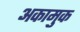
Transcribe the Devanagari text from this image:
अकामुक